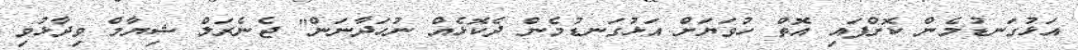
އަޅުގަނޑުމެން ކޮށްފައި އޮތް ހުވަޔަށް އަޅުގަނޑުމެން ދެކޮޅެއް ނުހަދާނަން" ޖެނެރަލް ޝިޔާމް ވިދާޅުވި